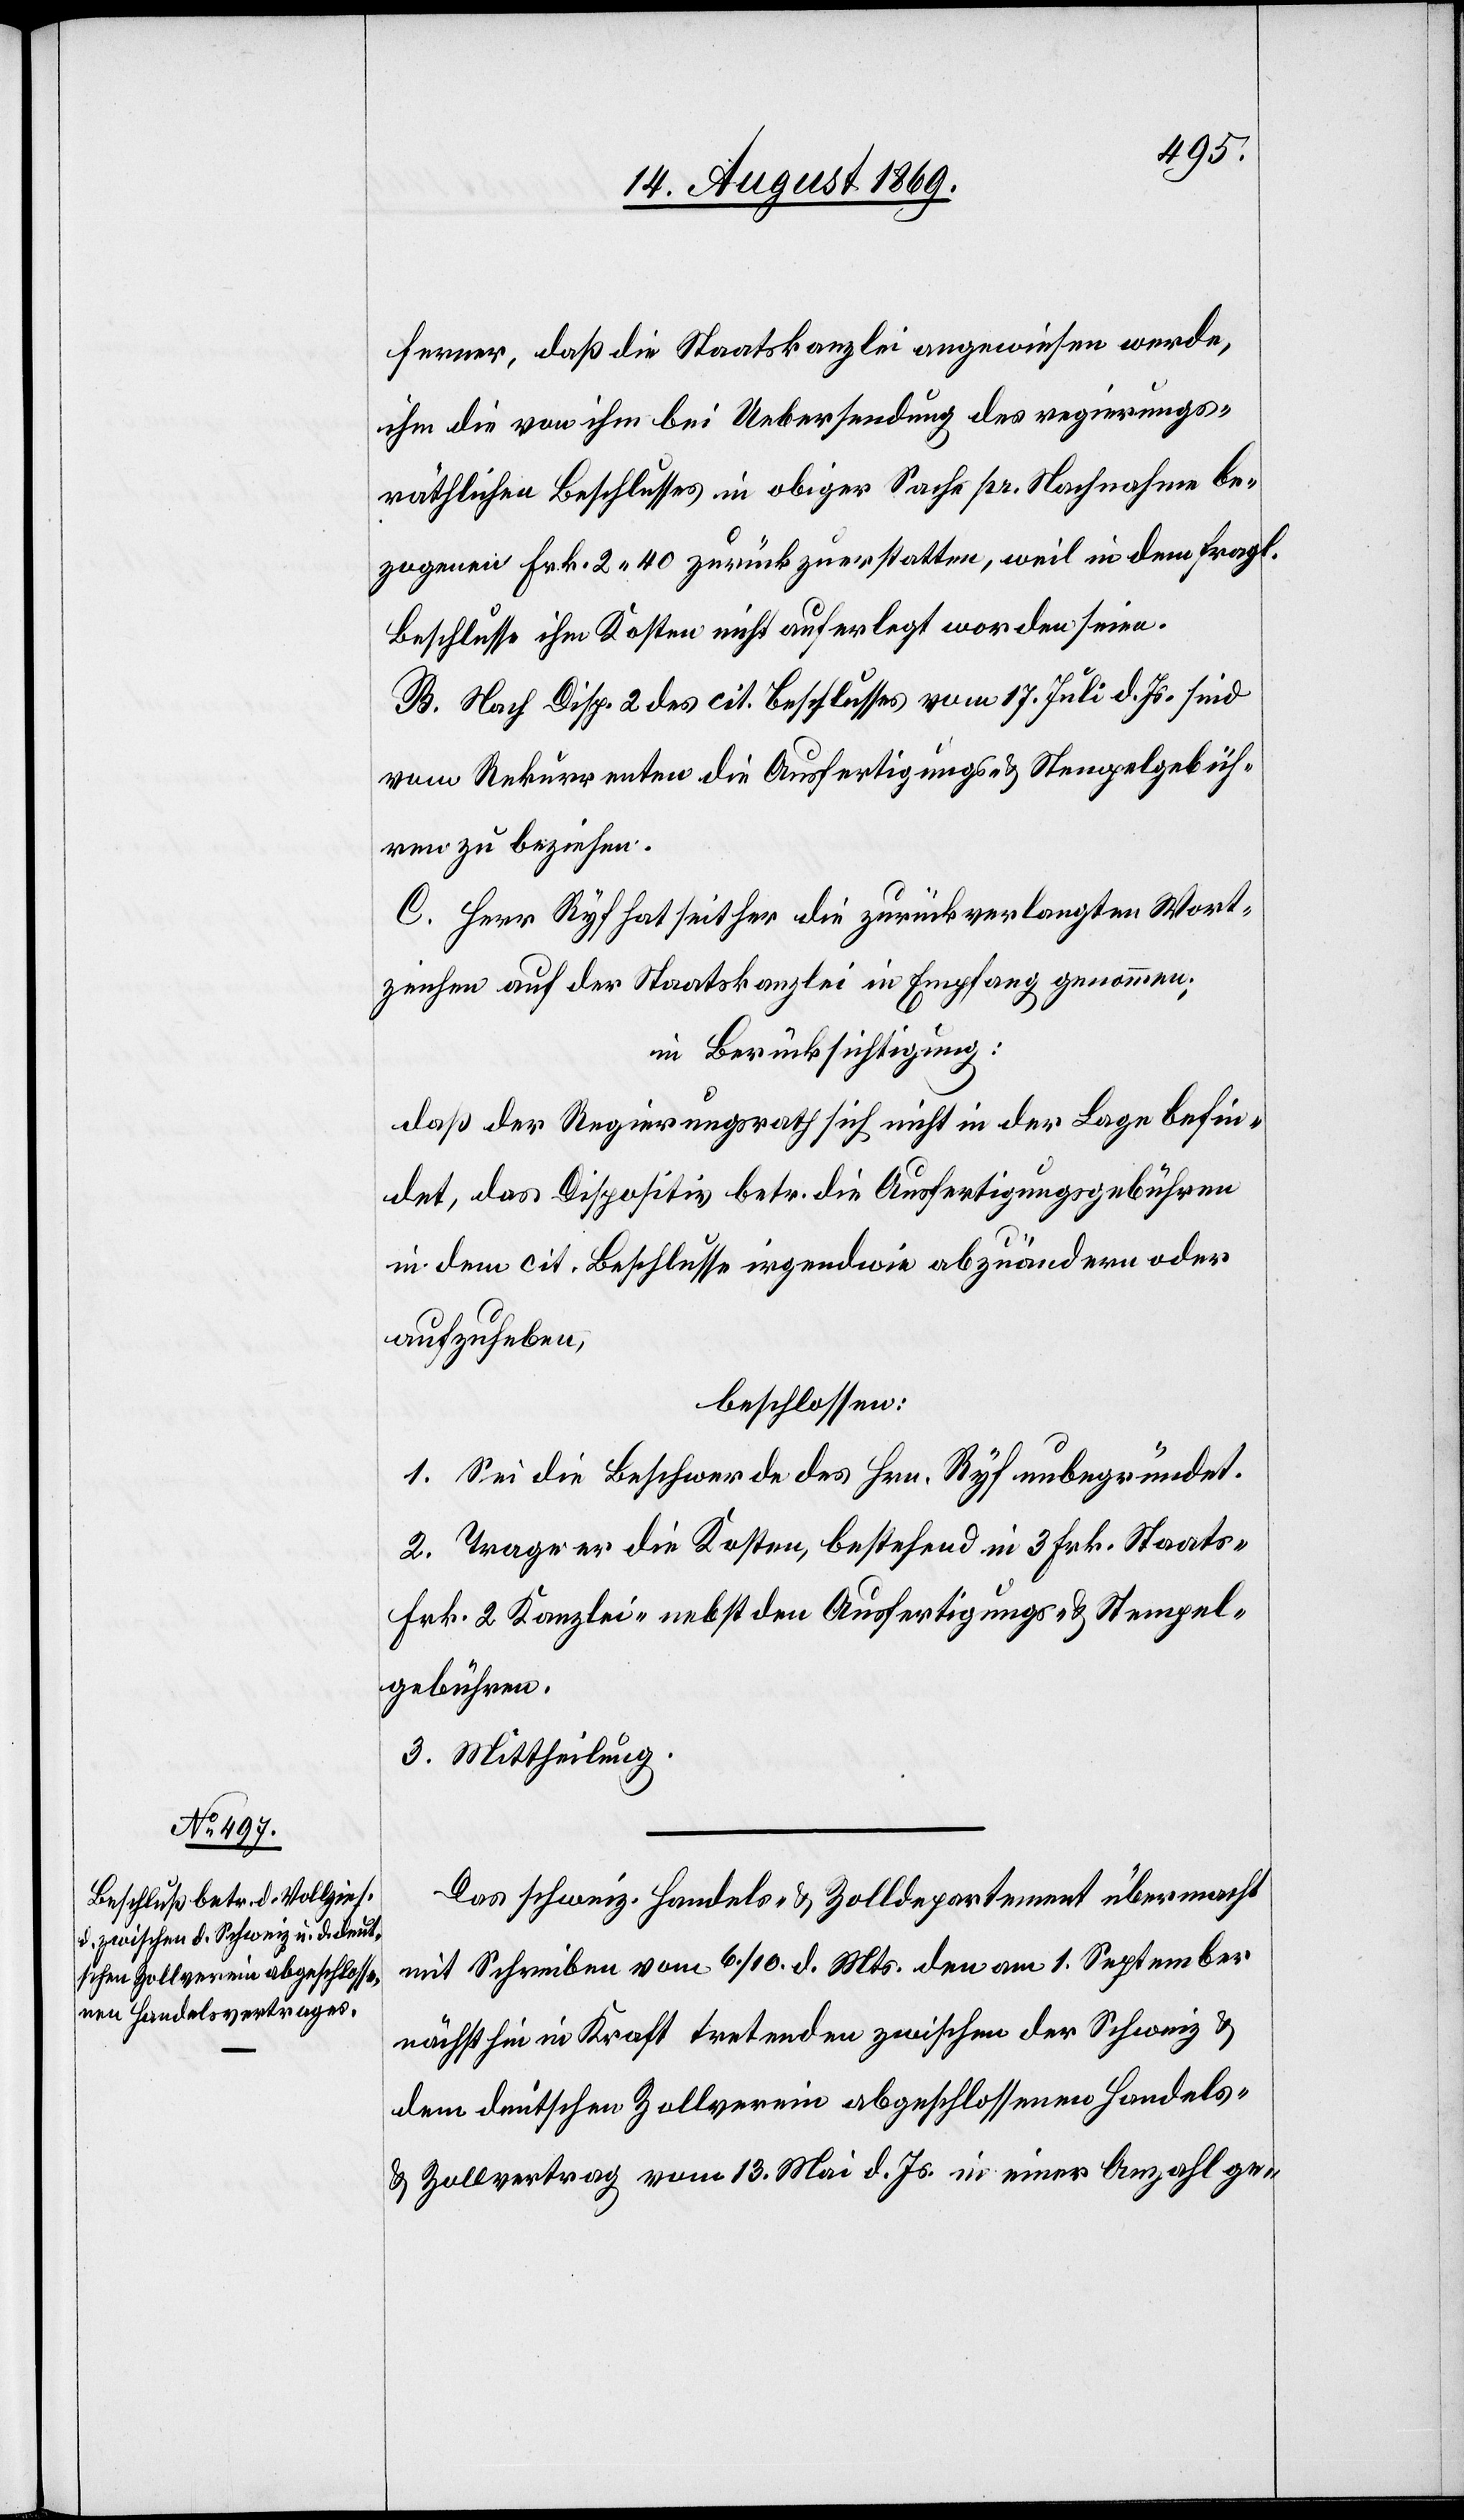
ferner, daß die Staatskanzlei angewiesen werde,
ihm die von ihm bei Uebersendung des regierungs¬
räthlichen Beschlusses in obiger Sache pr. Nachnahme be¬
zogenen Frk 2.40 zurückzuerstatten, weil in dem fragl.
Beschlusse ihm Kosten nicht auferlegt worden seien.
B. Nach Disp. 2 des cit. Beschlusses vom 17 Juli d. Js. sind
vom Rekurrenten die Ausfertigungs- & Stempelgebüh¬
ren zu beziehen.
C. Herr Ryf hat seither die zurückverlangten Wort¬
zeichen auf der Staatskanzlei in Empfang genommen.
in Berücksichtigung:
daß der Regierungsrath sich nicht in der Lage befin¬
det, das Dispositiv betr. die Ausfertigungsgebühren
in dem cit. Beschlusse irgendwie abzuändern oder
aufzuheben,
beschlossen:
1. Sei die Beschwerde des Hrn. Ryf unbegründet.
2. Trage er die Kosten, bestehend in 3 Frk. Staats-
Frk. 2 Kanzlei- nebst den Ausfertigungs- & Stempel¬
gebühren.
3. Mittheilung.
Das schweiz. Handels- & Zolldepartement übermacht
mit Schreiben vom 6/10. d. Mts. den am 1. September
nächsthin in Kraft tretenden zwischen der Schweiz &
dem deutschen Zollverein abgeschlossenen Handel¬
s-Zollvertrag vom 13. Mai d. Js. in einer Anzahl ge-